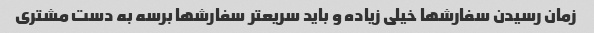
زمان رسیدن سفارشها خیلی زیاده و باید سریعتر سفارشها برسه به دست مشتری